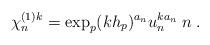
LaTeX: \begin{align*}\chi^{(1) k}_n = \exp_p (kh_p)^{a_n} u^{ka_n}_n \; n \; .\end{align*}